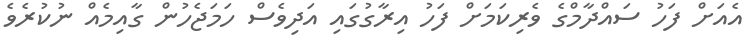
އެއަށް ފަހު ސައްދާމްގެ ވެރިކަމަށް ފަހު އިރާގުގައި އަދިވެސް ހަމަޖެހުން ގާއިމެއް ނުކުރެވެ